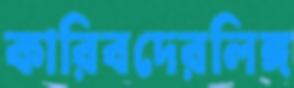
কারিবদেরলিঙ্গ